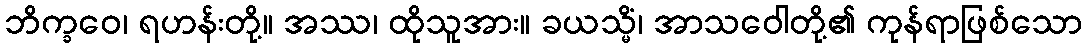
ဘိက္ခဝေ၊ ရဟန်းတို့။ အဿ၊ ထိုသူအား။ ခယသ္မိံ၊ အာသဝေါတို့၏ ကုန်ရာဖြစ်သော